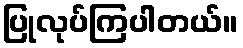
ပြုလုပ်ကြပါတယ်။